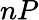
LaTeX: nP